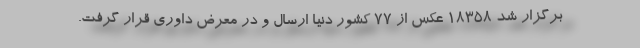
برگزار شد 18358 عکس از 77 کشور دنیا ارسال و در معرض داوری قرار گرفت.